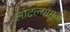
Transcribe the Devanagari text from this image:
लोटल्यामुळे